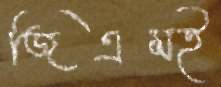
জিএমই